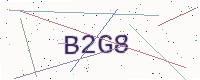
Text: B2G8